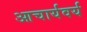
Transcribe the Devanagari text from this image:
आचार्यवर्य